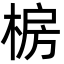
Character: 椖